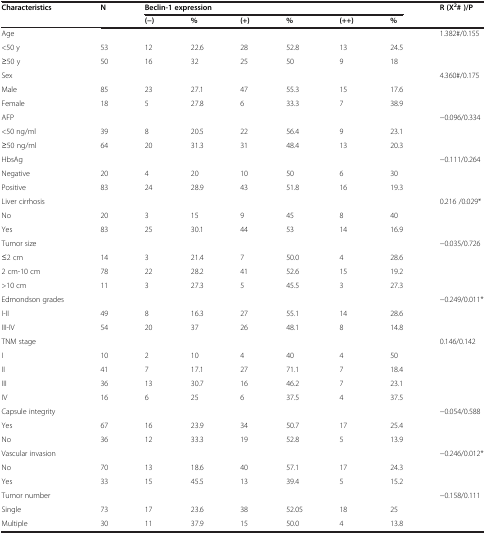
<table><thead><tr><td><b>Characteristics</b></td><td><b>N</b></td><td colspan="6"><b>Beclin-1 expression</b></td><td><b>R (X<sup>2</sup># )/P</b></td></tr><tr><td><b> </b></td><td><b> </b></td><td><b>(−)</b></td><td><b>%</b></td><td><b>(+)</b></td><td><b>%</b></td><td><b>(++)</b></td><td><b>%</b></td><td><b> </b></td></tr></thead><tbody><tr><td>Age</td><td> </td><td> </td><td> </td><td> </td><td> </td><td> </td><td> </td><td>1.382#/0.155</td></tr><tr><td>&lt;50 y</td><td>53</td><td>12</td><td>22.6</td><td>28</td><td>52.8</td><td>13</td><td>24.5</td><td> </td></tr><tr><td>≥50 y</td><td>50</td><td>16</td><td>32</td><td>25</td><td>50</td><td>9</td><td>18</td><td> </td></tr><tr><td>Sex</td><td> </td><td> </td><td> </td><td> </td><td> </td><td> </td><td> </td><td>4.360#/0.175</td></tr><tr><td>Male</td><td>85</td><td>23</td><td>27.1</td><td>47</td><td>55.3</td><td>15</td><td>17.6</td><td> </td></tr><tr><td>Female</td><td>18</td><td>5</td><td>27.8</td><td>6</td><td>33.3</td><td>7</td><td>38.9</td><td> </td></tr><tr><td>AFP</td><td> </td><td> </td><td> </td><td> </td><td> </td><td> </td><td> </td><td>−0.096/0.334</td></tr><tr><td>&lt;50 ng/ml</td><td>39</td><td>8</td><td>20.5</td><td>22</td><td>56.4</td><td>9</td><td>23.1</td><td> </td></tr><tr><td>≥50 ng/ml</td><td>64</td><td>20</td><td>31.3</td><td>31</td><td>48.4</td><td>13</td><td>20.3</td><td> </td></tr><tr><td>HbsAg</td><td> </td><td> </td><td> </td><td> </td><td> </td><td> </td><td> </td><td>−0.111/0.264</td></tr><tr><td>Negative</td><td>20</td><td>4</td><td>20</td><td>10</td><td>50</td><td>6</td><td>30</td><td> </td></tr><tr><td>Positive</td><td>83</td><td>24</td><td>28.9</td><td>43</td><td>51.8</td><td>16</td><td>19.3</td><td> </td></tr><tr><td>Liver cirrhosis</td><td> </td><td> </td><td> </td><td> </td><td> </td><td> </td><td> </td><td>0.216 /0.029*</td></tr><tr><td>No</td><td>20</td><td>3</td><td>15</td><td>9</td><td>45</td><td>8</td><td>40</td><td> </td></tr><tr><td>Yes</td><td>83</td><td>25</td><td>30.1</td><td>44</td><td>53</td><td>14</td><td>16.9</td><td> </td></tr><tr><td>Tumor size</td><td> </td><td> </td><td> </td><td> </td><td> </td><td> </td><td> </td><td>−0.035/0.726</td></tr><tr><td>≤2 cm</td><td>14</td><td>3</td><td>21.4</td><td>7</td><td>50.0</td><td>4</td><td>28.6</td><td> </td></tr><tr><td>2 cm-10 cm</td><td>78</td><td>22</td><td>28.2</td><td>41</td><td>52.6</td><td>15</td><td>19.2</td><td> </td></tr><tr><td>&gt;10 cm</td><td>11</td><td>3</td><td>27.3</td><td>5</td><td>45.5</td><td>3</td><td>27.3</td><td> </td></tr><tr><td>Edmondson grades</td><td> </td><td> </td><td> </td><td> </td><td> </td><td> </td><td> </td><td>−0.249/0.011*</td></tr><tr><td>I-II</td><td>49</td><td>8</td><td>16.3</td><td>27</td><td>55.1</td><td>14</td><td>28.6</td><td> </td></tr><tr><td>III-IV</td><td>54</td><td>20</td><td>37</td><td>26</td><td>48.1</td><td>8</td><td>14.8</td><td> </td></tr><tr><td>TNM stage</td><td> </td><td> </td><td> </td><td> </td><td> </td><td> </td><td> </td><td>0.146/0.142</td></tr><tr><td>I</td><td>10</td><td>2</td><td>10</td><td>4</td><td>40</td><td>4</td><td>50</td><td> </td></tr><tr><td>II</td><td>41</td><td>7</td><td>17.1</td><td>27</td><td>71.1</td><td>7</td><td>18.4</td><td> </td></tr><tr><td>III</td><td>36</td><td>13</td><td>30.7</td><td>16</td><td>46.2</td><td>7</td><td>23.1</td><td> </td></tr><tr><td>IV</td><td>16</td><td>6</td><td>25</td><td>6</td><td>37.5</td><td>4</td><td>37.5</td><td> </td></tr><tr><td>Capsule integrity</td><td> </td><td> </td><td> </td><td> </td><td> </td><td> </td><td> </td><td>−0.054/0.588</td></tr><tr><td>Yes</td><td>67</td><td>16</td><td>23.9</td><td>34</td><td>50.7</td><td>17</td><td>25.4</td><td> </td></tr><tr><td>No</td><td>36</td><td>12</td><td>33.3</td><td>19</td><td>52.8</td><td>5</td><td>13.9</td><td> </td></tr><tr><td>Vascular invasion</td><td> </td><td> </td><td> </td><td> </td><td> </td><td> </td><td> </td><td>−0.246/0.012*</td></tr><tr><td>No</td><td>70</td><td>13</td><td>18.6</td><td>40</td><td>57.1</td><td>17</td><td>24.3</td><td> </td></tr><tr><td>Yes</td><td>33</td><td>15</td><td>45.5</td><td>13</td><td>39.4</td><td>5</td><td>15.2</td><td> </td></tr><tr><td>Tumor number</td><td> </td><td> </td><td> </td><td> </td><td> </td><td> </td><td> </td><td>−0.158/0.111</td></tr><tr><td>Single</td><td>73</td><td>17</td><td>23.6</td><td>38</td><td>52.05</td><td>18</td><td>25</td><td> </td></tr><tr><td>Multiple</td><td>30</td><td>11</td><td>37.9</td><td>15</td><td>50.0</td><td>4</td><td>13.8</td><td> </td></tr></tbody></table>